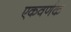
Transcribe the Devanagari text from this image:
एकवर्णक